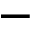
-